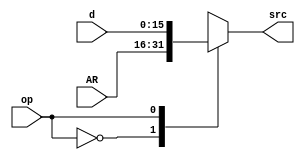
module MUX_ALUsrc(
    input [15:0] AR, d,
    input op,
    output [15:0] src
    );

    function [15:0] res_src;
        input [15:0] AR, d;
        input op; 
        begin
            case (op)
                1'b0: res_src = AR;
                1'b1: res_src = d;
                default: res_src = d;
            endcase
        end
    endfunction

    assign src = res_src(AR, d, op);
endmodule